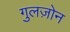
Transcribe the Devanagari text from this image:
गुलज़ोन